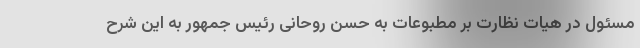
مسئول در هیات نظارت بر مطبوعات به حسن روحانی رئیس جمهور به این شرح